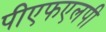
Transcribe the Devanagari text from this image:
पीएफएलपी